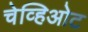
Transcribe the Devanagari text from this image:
चेव्हिओट